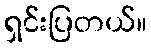
ရှင်းပြတယ်။